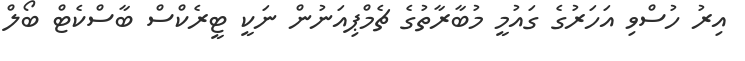
އިރު ހުސްވި އަހަރުގެ ގައުމީ މުބާރާތުގެ ޗެމްޕިއަނުން ނަކީ ޓީރެކްސް ބާސްކެޓް ބޯލް